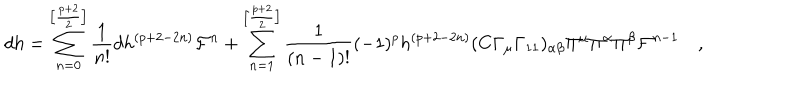
d h = \sum _ { n = 0 } ^ { \left[ \frac { p + 2 } { 2 } \right] } \frac { 1 } { n ! } d h ^ { ( p + 2 - 2 n ) } { \cal F } ^ { n } + \sum _ { n = 1 } ^ { \left[ \frac { p + 2 } { 2 } \right] } \frac { 1 } { ( n - 1 ) ! } ( - 1 ) ^ { p } h ^ { ( p + 2 - 2 n ) } ( C \Gamma _ { \mu } \Gamma _ { 1 1 } ) _ { \alpha \beta } \Pi ^ { \mu } \Pi ^ { \alpha } \Pi ^ { \beta } { \cal F } ^ { n - 1 } \quad ,